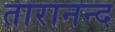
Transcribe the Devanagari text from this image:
तारानन्द